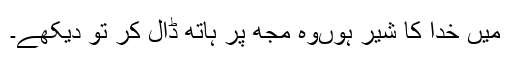
میں خدا کا شیر ہوںوہ مجھ پر ہاتھ ڈال کر تو دیکھے۔